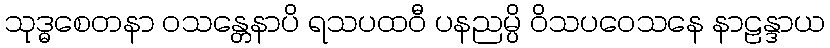
သုဒ္ဓစေတနာ ဝသန္တေနာပိ ရသပထဝီ ပနညမ္ပိ ဝိသပဝေသနေ နာဠန္ဒာယ